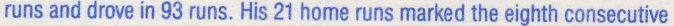
runs and drove in 93 runs. His 21 home runs marked the eighth consecutive